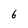
Character: 6